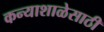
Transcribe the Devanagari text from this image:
कन्याशाळेसाठी